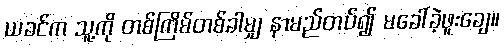
ယခင်က သူ့ကို တစ်ကြိမ်တစ်ခါမျှ နာမည်တပ်၍ မခေါ်ခဲ့ဖူးချေ။